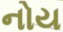
નોય